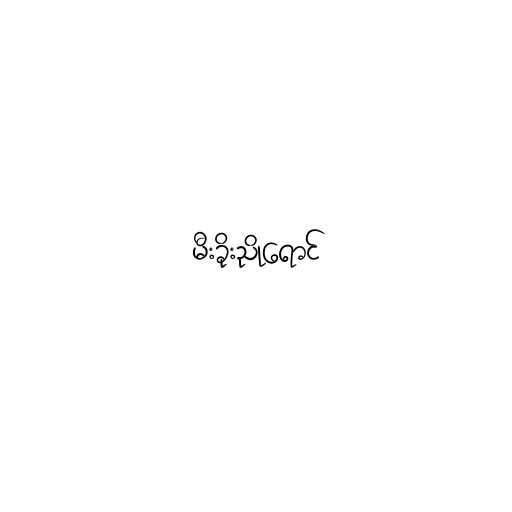
မီးခိုးညိုရောင်